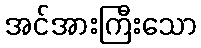
အင်အားကြီးသော